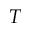
T